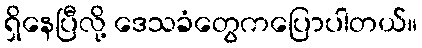
ရှိနေပြီလို့ ဒေသခံတွေကပြောပါတယ်။